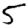
Digit: 5